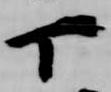
丁